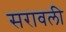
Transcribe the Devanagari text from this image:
सरावली